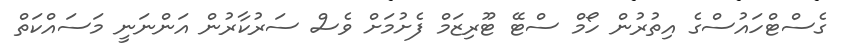
ގެސްޓްހައުސްގެ އިތުރުން ހޯމް ސްޓޭ ޓޫރިޒަމް ފެށުމަށް ވެސް ސަރުކާރުން އަންނަނީ މަސައްކަތް